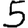
Digit: 5